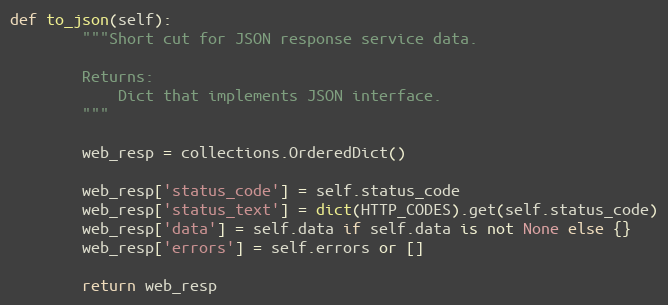
Language: Python
def to_json(self):
        """Short cut for JSON response service data.

        Returns:
            Dict that implements JSON interface.
        """

        web_resp = collections.OrderedDict()

        web_resp['status_code'] = self.status_code
        web_resp['status_text'] = dict(HTTP_CODES).get(self.status_code)
        web_resp['data'] = self.data if self.data is not None else {}
        web_resp['errors'] = self.errors or []

        return web_resp